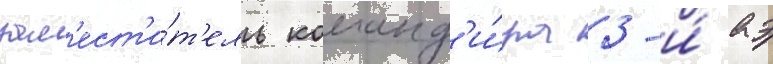
зам'ест'и́т'ель команд'и́ра 3-и́ аэ